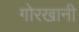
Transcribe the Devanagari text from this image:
गोरखानी